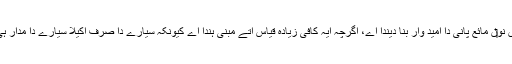
قابل سکونت علاقے دا نظریہ کافی سارے ماورائے شمس سیاراں نو‏‏ں مائع پانی دا امید وار بنا دیندا اے، اگرچہ ایہ کافی زیادہ قیاس اُتے مبنی ہُندا اے کیونکہ سیارے دا صرف اکیلا سیارے دا مدار ہی اوہدی سطح اُتے مائع پانی دی موجودگی دی ضمانت نئيں دیندا۔